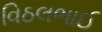
વિઠલભાઈ